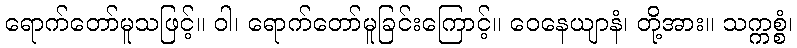
ရောက်တော်မူသဖြင့်။ ဝါ၊ ရောက်တော်မူခြင်းကြောင့်။ ဝေနေယျာနံ၊ တို့အား။ သက္ကစ္စံ၊